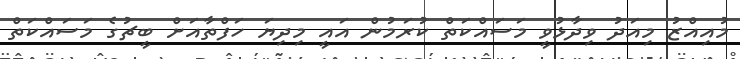
މުއިއްޒު މިއަދު ވިދާޅުވީ މަސައްކަތް ކުރަމުން އައީ މިދިޔަ ހަފްތާއަށް ބީޗުގެ މަސައްކަތް